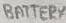
Text: BATTERY